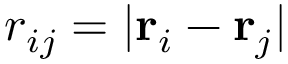
r _ { i j } = | { \bf r } _ { i } - { \bf r } _ { j } |